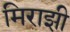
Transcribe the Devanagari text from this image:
मिराझी